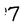
Character: 7